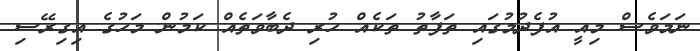
ނަމަވެސް މިއީ އުފެދުމުގައި ތަފާތު ތަކެއް ހުރި ދެބާވަތެއް ކަމުން މަހުގެ އިގިރޭސި